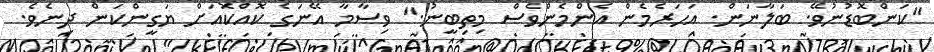
"ކަންބޮޑުނުވޭ. ބަލާނަން. އަހަރެމެން އެންމެންވެސް މިތިބީނު." ވިސާމާ އޭނަގެ ކޮއްކޮއަށް ޔަގީންކަން ދިނެވެ.